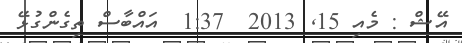
އޭޝް : މެއި 15